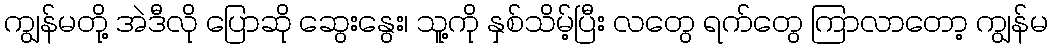
ကျွန်မတို့ အဲဒီလို ပြောဆို ဆွေးနွေး၊ သူ့ကို နှစ်သိမ့်ပြီး လတွေ ရက်တွေ ကြာလာတော့ ကျွန်မ